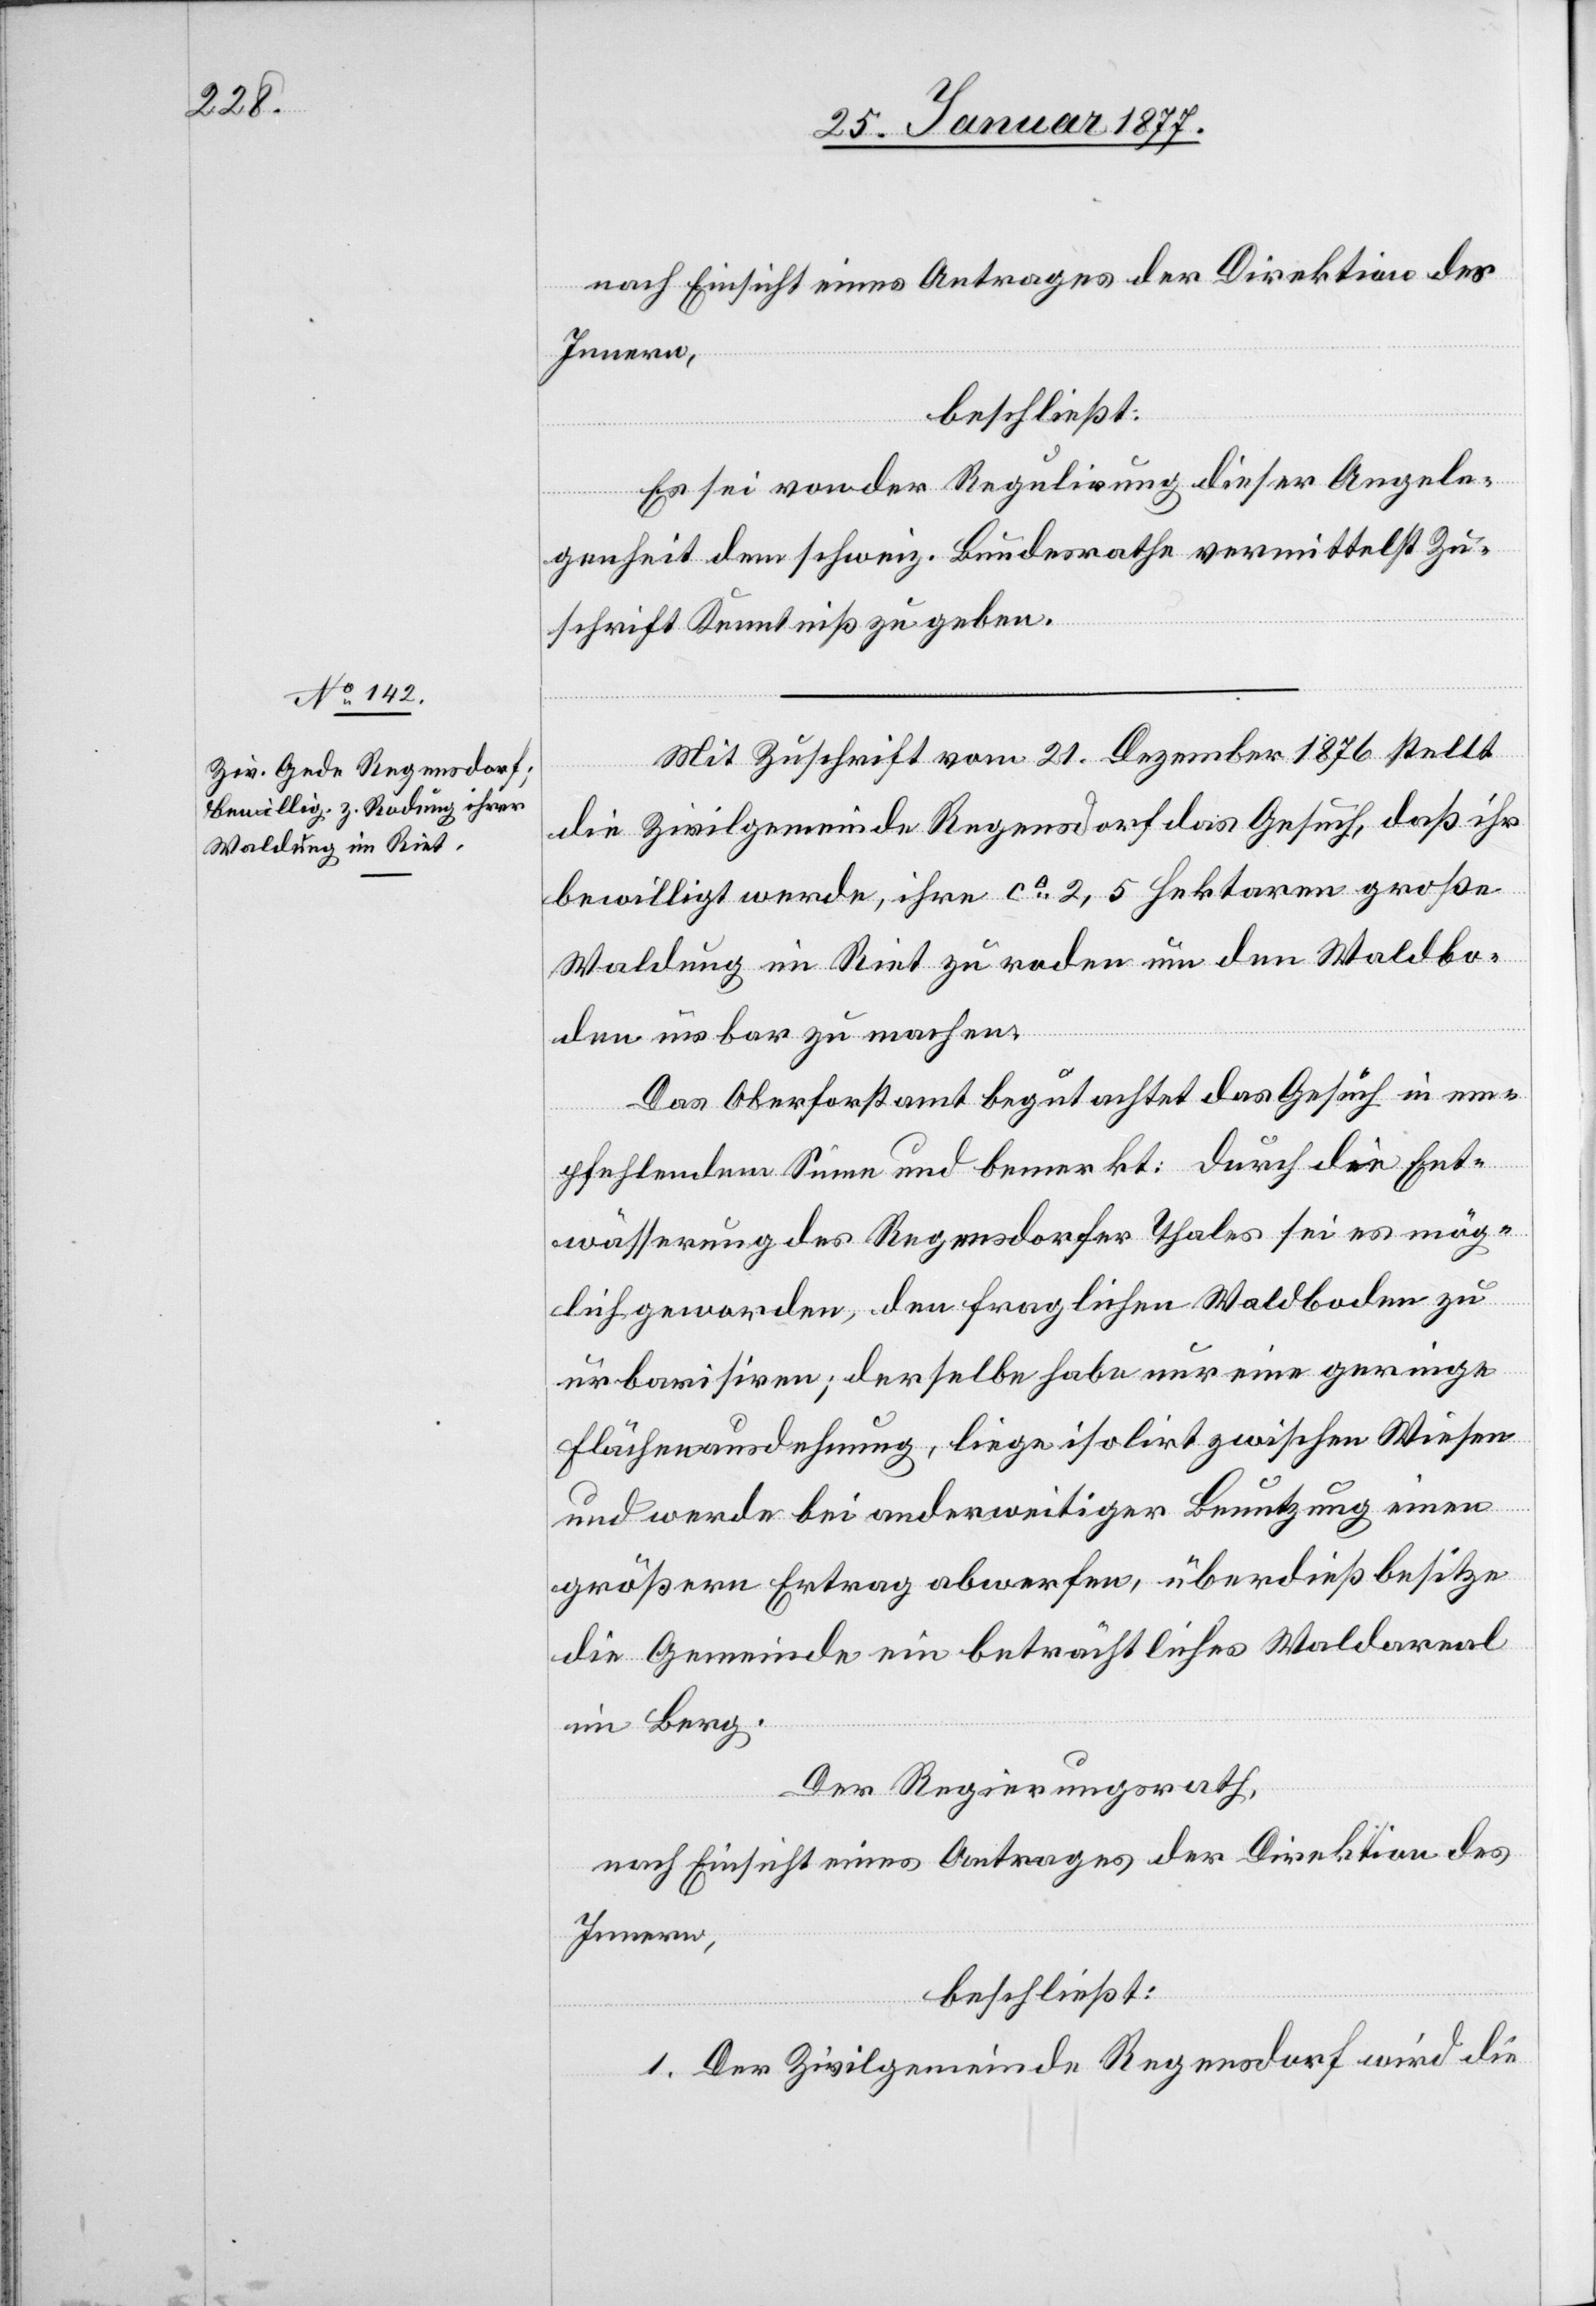
Es sei von der Regulirung dieser Angele¬
genheit dem schweiz. Bundesrathe vermittelst Zu¬
schrift Kenntniß zu geben.
Mit Zuschrift vom 21. Dezember 1876 stellt
die Zivilgemeinde Regensdorf das Gesuch, daß ihr
bewilligt werde, ihre ca 2,5 Hektaren große
Waldung im Riet zu roden um den Waldbo¬
den urbar zu machen.
Das Oberforstamt begutachtet das Gesuch in em¬
pfehlendem Sinne und bemerkt: Durch die Ent¬
wässerung des Regensdorfer Thales sei es mög¬
lich geworden, den fraglichen Waldboden zu
urbanisiren; derselbe habe nur eine geringe
Flächenausdehnung, liege isolirt zwischen Wiesen
und werde bei anderweitiger Benutzung einen
größern Ertrag abwerfen, überdieß besitze
die Gemeinde ein beträchtliches Waldareal
im Berg.
Der Regierungsrath,
nach Einsicht eines Antrages der Direktion des
Innern,
beschließt:
1. Der Zivilgemeinde Regensdorf wird die